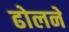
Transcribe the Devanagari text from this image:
ढोलने